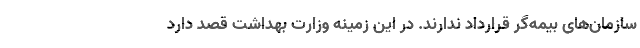
سازمان‌های بیمه‌گر قرارداد ندارند. در این زمینه وزارت بهداشت قصد دارد